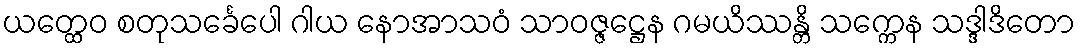
ယတ္ထေဝ စတုသင်္ခေပေါ ဂါယ နောအာသဝံ သာဝဇ္ဇဋ္ဌေန ဂမယိဿန္တိ သက္ကေန သဒ္ဒါဒိတော